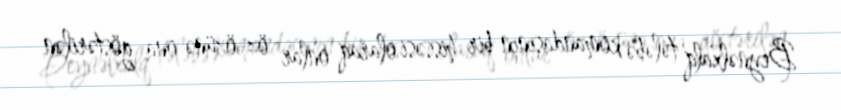
Beynəlxalq tələbə komandasının bir hissəsi olaraq onlar öz-özünə ona göstərilən